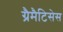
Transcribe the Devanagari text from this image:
ग्रैमैटिसेस